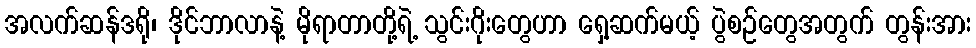
အလက်ဆန်ဒရို၊ ဒိုင်ဘာလာနဲ့ မိုရာတာတို့ရဲ့ သွင်းဂိုးတွေဟာ ရှေ့ဆက်မယ့် ပွဲစဉ်တွေအတွက် တွန်းအား